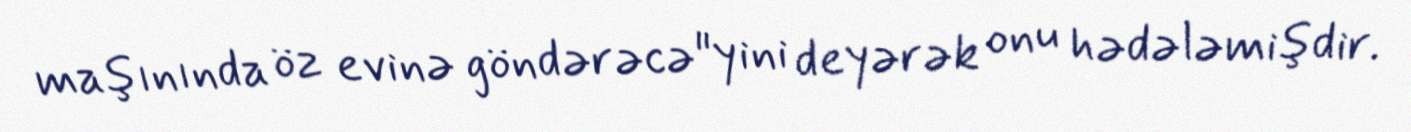
maşınında öz evinə göndərəcə"yini deyərək onu hədələmişdir.